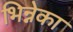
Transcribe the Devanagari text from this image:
भिन्नेका